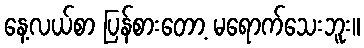
နေ့လယ်စာ ပြန်စားတော့ မရောက်သေးဘူး။